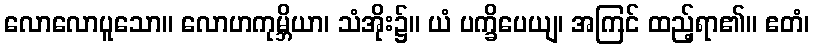
လောလောပူသော။ လောဟကုမ္ဘိယာ၊ သံအိုး၌။ ယံ ပက္ခိပေယျ၊ အကြင် ထည့်ရာ၏။ ဧတံ၊